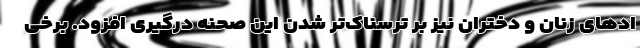
اد‌های زنان و دختران نیز بر ترسناک‌تر شدن این صحنه درگیری افزود. برخی